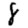
Digit: 8